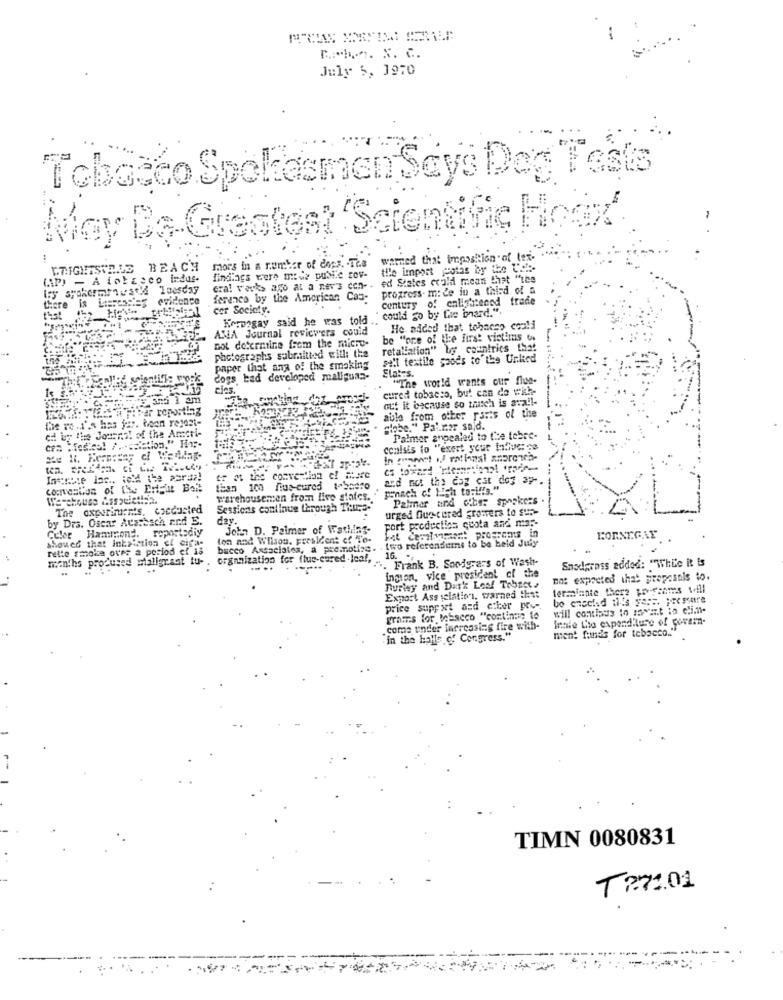
T. h.n. S. C.
July 5, 1970
Tobacco Spokesman Says Dog Tests
May De-Greatest Scientific Hoax'
warned that imposition of ter.
LRIGHTSIDE BEACH
mors in a number of dops. - The
the import potas by the Url :-
findlags were made public sov-
era! vacks ago at a nev's con -. ed States ccald mean that "the
progress. m: de in a third of a
ference by the American Cas-
century of enlightened trade
there
cor Society.
could go by the board.".
test
Kornogay said he was told .. C
AMA Journal reviewers could
He added that tohacso could
Bot determine from the micro-
be "one of the first victims os
retaliation" by countries that
photographs submitted will: the
sell textile goods to'the Unked
paper that ana of the smoking
Slates.
dogs bad developed mallguan-
"The world wants our flue-
cies.
cured tobacco, but can do with
ouf it because so thatch is avail-
abla from other parts of the
the re .1's has jar. boen rejest-
ed by the Journal of the Ameri-
"tobe." Pal.rar sajd.
Palmer angealed to the tebre-
conisis to "exert your tive: os
Ingssie las .. told the parda!
or at the conve dlaa el Mare
and not the dog eat dog ap -.
lean 100 nius-cured tobaero
ponach of High to:iffs."
warehousemen from live states. "
Palmar and other spookezs .
The oxpursurms. czedusted
Sessions continue through Thurs-
urged Que-cered growers to sus-
by Drs. Oscar Aca:esch erd E.
dav.
port production quota and ma :-
Hammond.
John D. Paimer of Wathing-
showed that Inksiction el cifi-
ton and Wilson, president of To-
Fat Cemalvigaszt programs in
two referenditis to be heid July
BONNEGAY
rette smoke over a period of is
bacco Associates, a promoting.
months prodused mallgrant tu-
organization for flue-cured-leaf,
.. Frank B. Snodgrass of Wash-
16. *,
Snodgrass added: "While it is
. .
ington, vice president of the
Burley and Dark Los! Tobtes.
na: expected that proposals to.
terminate there pr -frames till
Export Ass selation, warned that
price support and etter pre -.
will contiaus to ment to elimi.
grams for Mascco "continue to
Innie tito expenditure of covern.
come under increasing fire with-
ment funds for tobacco."
"in the halls of Congress."
TIMN 0080831
T 271.01